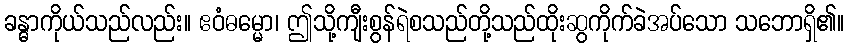
ခန္ဓာကိုယ်သည်လည်း။ ဧဝံဓမ္မော၊ ဤသို့ကျီးစွန်ရဲစသည်တို့သည်ထိုးဆွကိုက်ခဲအပ်သော သဘောရှိ၏။